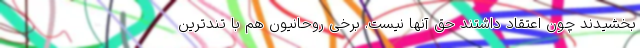
‌بخشیدند چون اعتقاد داشتند حق آنها نیست. برخی روحانیون هم با تندترین